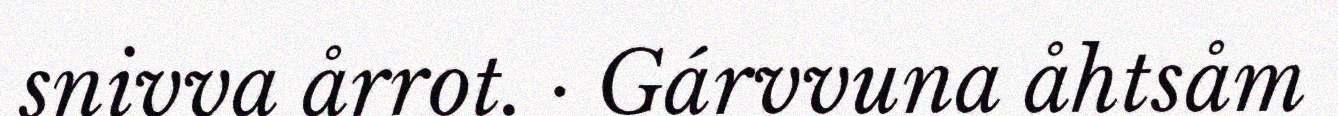
snivva årrot. · Gárvvuna åhtsåm